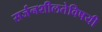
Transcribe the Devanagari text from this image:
सर्जनशीलतेविषयी